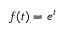
f ( t ) = e ^ { t }